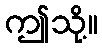
ဤသို့။